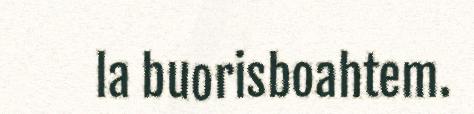
la buorisboahtem.